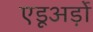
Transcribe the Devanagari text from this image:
एडूअर्ड़ो